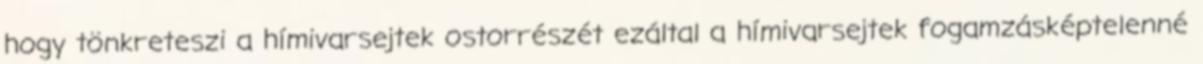
hogy tönkreteszi a hímivarsejtek ostorrészét ezáltal a hímivarsejtek fogamzásképtelenné